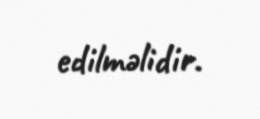
edilməlidir.